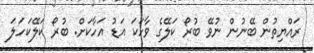
ރައްޔިތުން ބޭނުން ނުވޭ ބުރޯ ކަލޭގެ ވާހަކަ އަޑު އަހާކަށް. ބުރޯ ކަލޭކަހަލަ